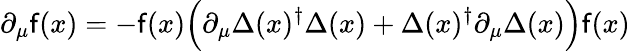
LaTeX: \partial_{\mu}\mathsf{f}(x)=-\mathsf{f}(x)\Bigl(\partial_{\mu}\Delta(x)^{\dagger}\Delta(x)+\Delta(x)^{\dagger}\partial_{\mu}\Delta(x)\Bigr)\mathsf{f}(x)